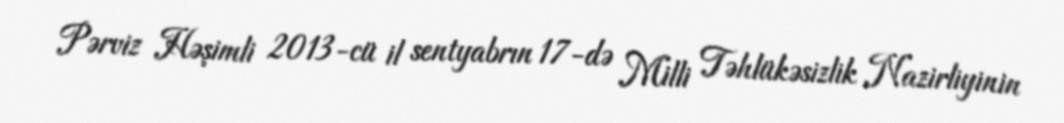
Pərviz Həşimli 2013-cü il sentyabrın 17-də Milli Təhlükəsizlik Nazirliyinin